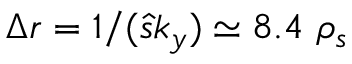
\Delta r = 1 / ( \hat { s } k _ { y } ) \simeq 8 . 4 \ \rho _ { s }